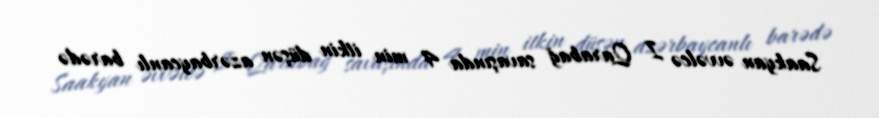
Saakyan əvvəlcə I Qarabağ savaşında 4 min itkin düşən azərbaycanlı barədə